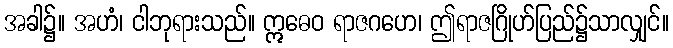
အခါ၌။ အဟံ၊ ငါဘုရားသည်။ ဣဓေဝ ရာဇဂဟေ၊ ဤရာဇဂြိုဟ်ပြည်၌သာလျှင်။